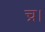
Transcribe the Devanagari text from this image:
च्र।